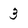
Character: 3